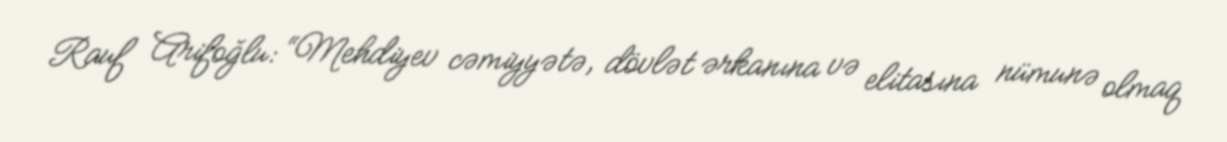
Rauf Arifoğlu: “Mehdiyev cəmiyyətə, dövlət ərkanına və elitasına nümunə olmaq